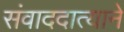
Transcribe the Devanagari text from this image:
संवाददात्याने